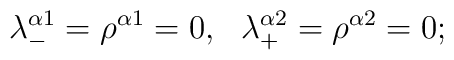
\lambda^{\alpha1}_-=\rho^{\alpha1}=0,\ \ \lambda^{\alpha2}_+=\rho^{\alpha2}=0;